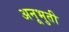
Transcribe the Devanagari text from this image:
अनूभुती